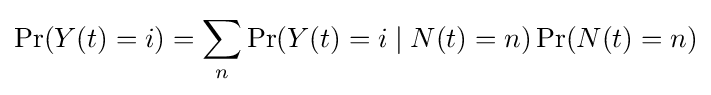
\Pr(Y(t)=i)=\sum _{n}\Pr(Y(t)=i\mid N(t)=n)\Pr(N(t)=n)